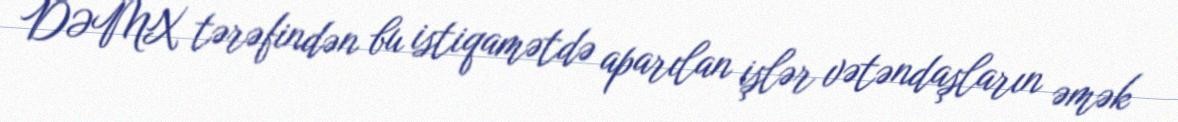
DƏMX tərəfindən bu istiqamətdə aparılan işlər vətəndaşların əmək